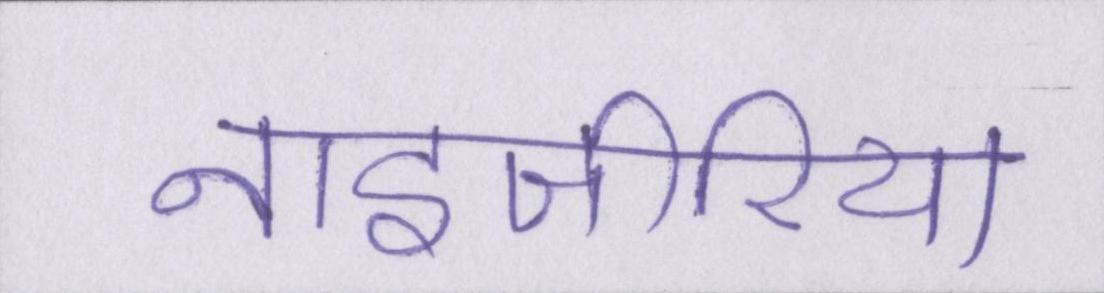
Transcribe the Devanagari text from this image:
नाइजीरिया